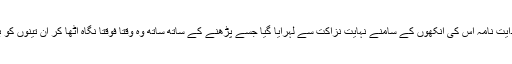
آخر میں ایک ہدایت نامہ اس کی آنکھوں کے سامنے نہایت نزاکت سے لہرایا گیا جسے پڑھنے کے ساتھ ساتھ وہ وقتاً فوقتاً نگاہ اٹھا کر ان تینوں کو بھی دیکھتا رہا۔